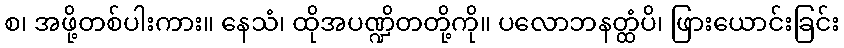
စ၊ အဖို့တစ်ပါးကား။ နေသံ၊ ထိုအပဏ္ဍိတတို့ကို။ ပလောဘနတ္ထံပိ၊ ဖြားယောင်းခြင်း